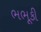
ભભૂકી